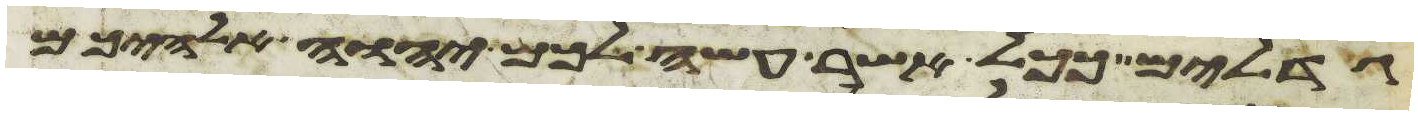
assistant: גדלים ככל אשר עשה לכם יהוה אלהיכם